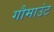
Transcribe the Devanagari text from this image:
गौमाउंट